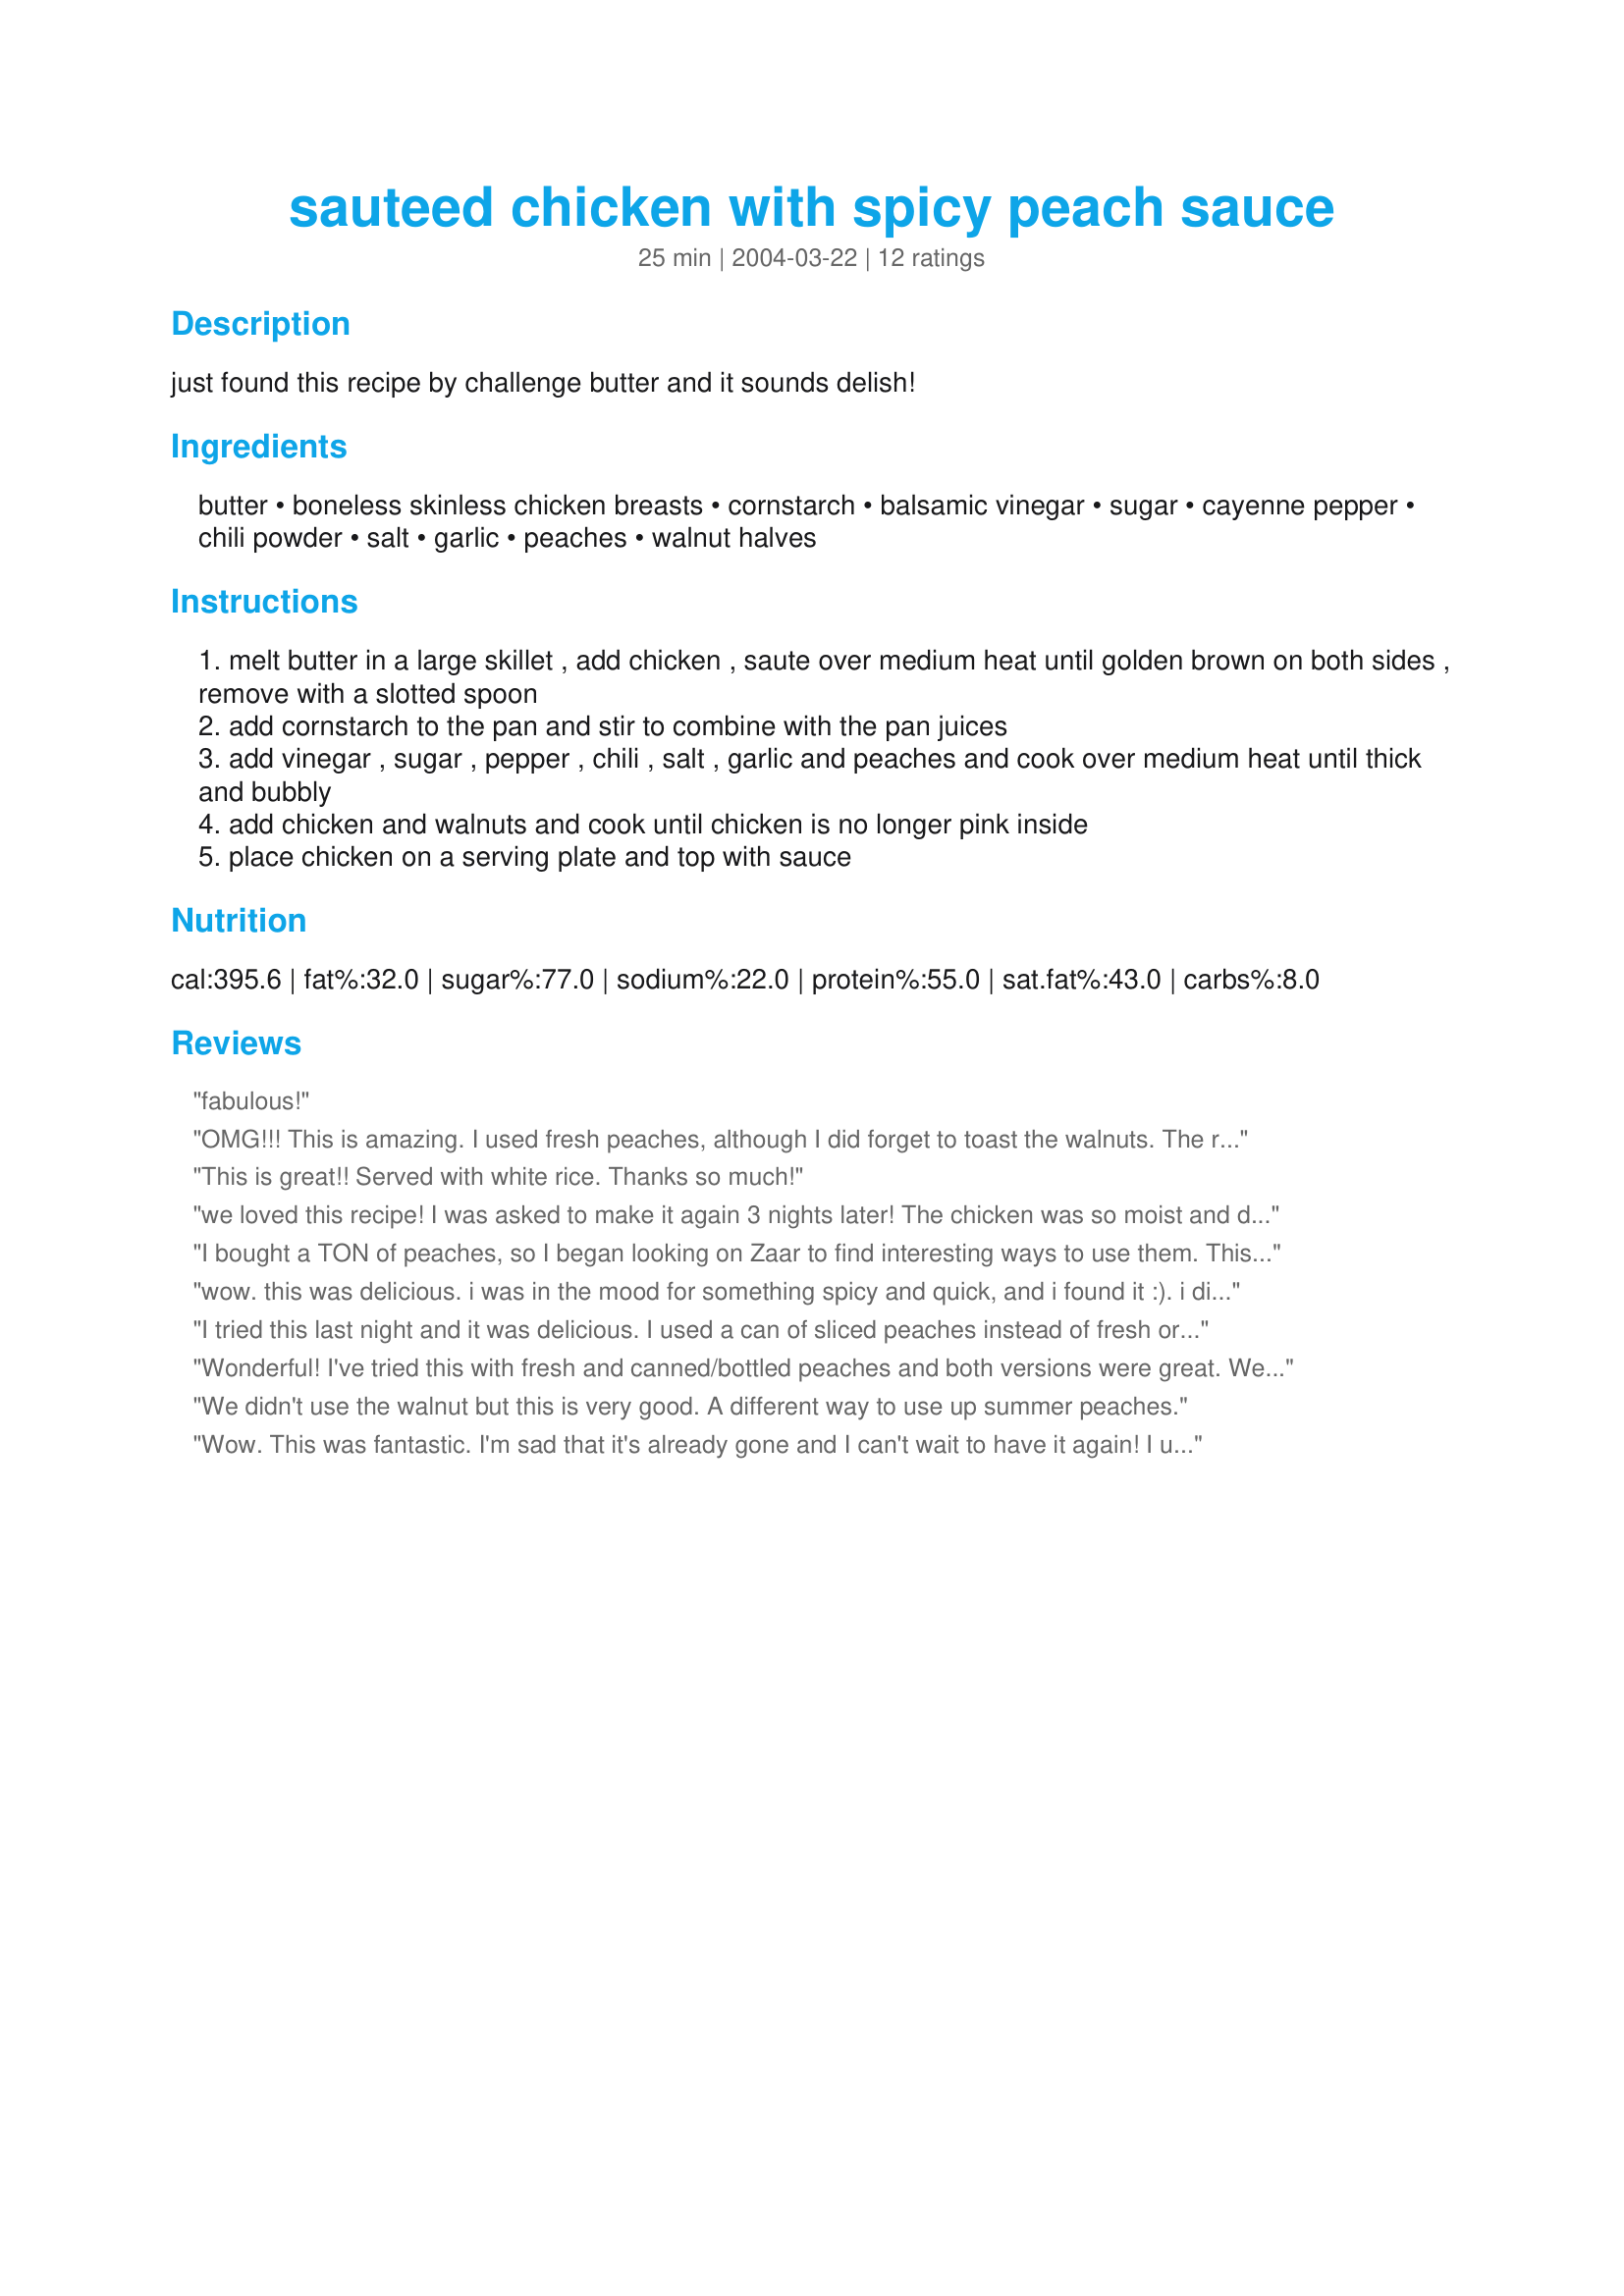
sauteed chicken with spicy peach sauce
Preparation time: 25 minutes

just found this recipe by challenge butter and it sounds delish!

Ingredients:
butter, boneless skinless chicken breasts, cornstarch, balsamic vinegar, sugar, cayenne pepper, chili powder, salt, garlic, peaches, walnut halves

Steps:
melt butter in a large skillet , add chicken , saute over medium heat until golden brown on both sides , remove with a slotted spoon
add cornstarch to the pan and stir to combine with the pan juices
add vinegar , sugar , pepper , chili , salt , garlic and peaches and cook over medium heat until thick and bubbly
add chicken and walnuts and cook until chicken is no longer pink inside
place chicken on a serving plate and top with sauce

Reviews:
fabulous!
OMG!!! This is amazing. I used fresh peaches, although I did forget to toast the walnuts. The rest of the recipe, I followed to the tee. There are no words to describe how good these were. This will defenitly be made on a regular basis.
This is great!! Served with white rice. Thanks so much!
we loved this recipe! I was asked to make it again 3 nights later! The chicken was so moist and delicious. i didn't have fresh or frozen peaches so I used canned( syrup and all), and i also cut back on the sugar because of the syrup from the peaches. I didn't have walnuts so I used pecans. I cut the chicken into chunks before cooking and served it over rice.

Thanks for sharing this wonderful recipe
I bought a TON of peaches, so I began looking on Zaar to find interesting ways to use them. This recipe caught my attention, and boy am I glad. It was fantastic. The chicked was super juicy, and the sauce was perfectly balanced between sweet and spicy. I served these with Thai Zucchinni (#19012) and Sweet potatoes with red curry paste (#48771) -- what a great meal. Thanks Lorac!
wow. this was delicious. i was in the mood for something spicy and quick, and i found it :). i didn't have any peaches, so i substituted with a can of mandarin oranges instead. i also added some chili powder (i love spicy), an extra tblsp of garlic (can never get enough of it) and some crushed red pepper flakes. the aroma filled the house...and i thought it was perfect. thank you so much! i'll be using this one again!
I tried this last night and it was delicious. I used a can of sliced peaches instead of fresh or frozen, and added the juice from the peaches to the sauce. It had a great flavor and the chicken was very moist. Thanks for sharing!
Wonderful! I've tried this with fresh and canned/bottled peaches and both versions were great. We like spice so we added a bit more heat then what was called for...it was good but it inhibited the sweet peach flavor from coming through a bit. I also pureed the sauce for a smoother texture.
We didn't use the walnut but this is very good. A different way to use up summer peaches.
Wow. This was fantastic. I'm sad that it's already gone and I can't wait to have it again! I used canned peaches in pear juice and cut the cayenne down to just a dash. Thank you so much, Lorac!!!
This recipe really intrigued me. I felt in would be great or terrible. It was more than great, it was fantastic plus.Very easy to make. I used a high quality balsamic and that paid off. You are really missing a treat if you do not give this a try. Thanks for this wonderful recipe. Merry Christmas 2012
This was awesome!!I used nectarines that I had on hand but I followed the recipe otherwise. We also had the Thai zucchini with this dish. Both were outstanding. Thanks for posting.
